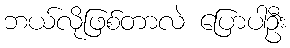
ဘယ်လိုဖြစ်တာလဲ ပြောပါဦး